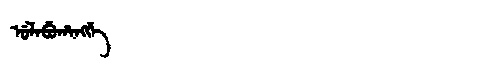
Manchu: ᡠᠯᠠᠪᡠᡥᠠᠩᡤᡝ
Romanization: ULABUHANGGE